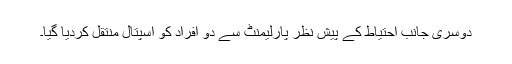
دوسری جانب احتیاط کے پیش نظر پارلیمنٹ سے دو افراد کو اسپتال منتقل کردیا گیا۔